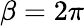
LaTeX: \beta=2\pi